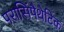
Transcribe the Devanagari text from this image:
परासिंपैथेटिक